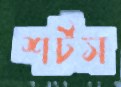
শর্টস